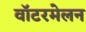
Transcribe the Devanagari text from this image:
वॉटरमेलन